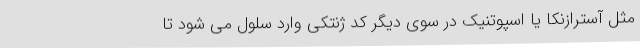
مثل آسترازنکا یا اسپوتنیک در سوی دیگر کد ژنتکی وارد سلول می شود تا